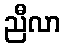
ညီလာ